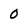
Character: 0